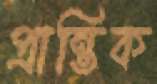
প্রান্তিক